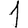
Digit: 1